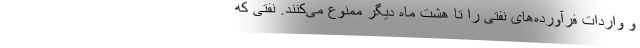
و واردات فرآورده‌های نفتی را تا هشت ماه دیگر ممنوع می‌کنند. نفتی که